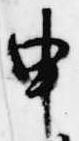
申